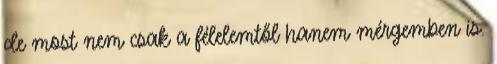
de most nem csak a félelemtől hanem mérgemben is.